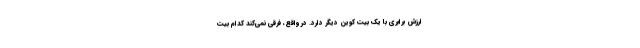
ارزش برابری با یک بیت کوین دیگر دارد. در واقع، فرقی نمی‌کند کدام بیت